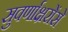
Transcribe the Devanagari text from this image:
सुवर्णाक्षरोंसे